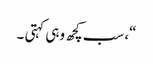
“، سب کچھ وہی کہتی ۔